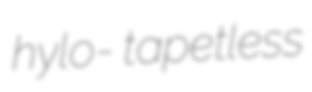
hylo- tapetless